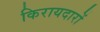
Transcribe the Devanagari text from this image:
किरायदारों